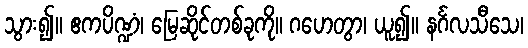
သွား၍။ ဧကပိဏ္ဍံ၊ မြေဆိုင်တစ်ခုကို။ ဂဟေတွာ၊ ယူ၍။ နင်္ဂလသီသေ၊